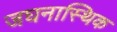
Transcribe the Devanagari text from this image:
जघनास्थिक